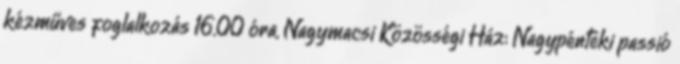
kézműves foglalkozás 16.00 óra, Nagymacsi Közösségi Ház: Nagypénteki passió